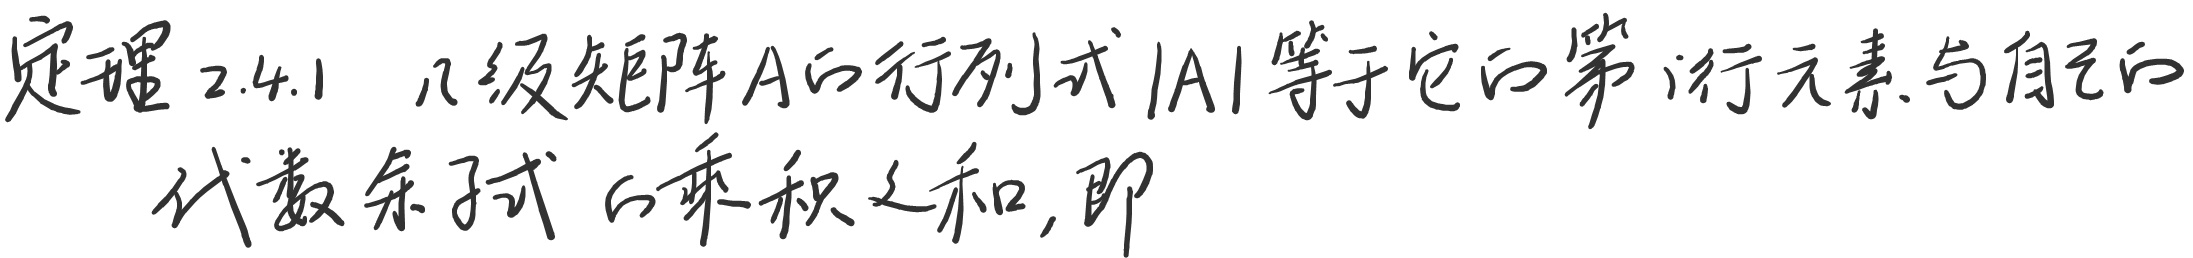
定理2.4.1：\(n\)级矩阵\(A\)的行列式\(\vert A\vert\)等于它的第\(i\)行元素与自己的代数余子式的乘积之和，即